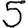
Digit: 5